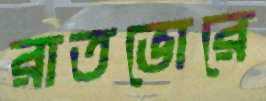
রাতভোরে